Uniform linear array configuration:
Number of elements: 64
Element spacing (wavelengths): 0.75
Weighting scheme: cosine
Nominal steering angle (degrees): -15
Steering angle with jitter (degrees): -13.115
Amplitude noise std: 0.05
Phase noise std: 0.05

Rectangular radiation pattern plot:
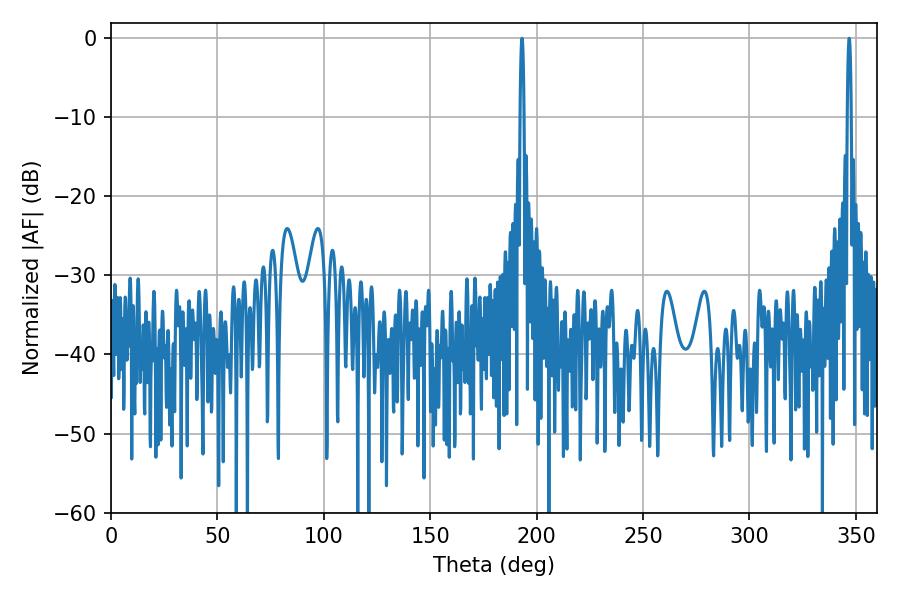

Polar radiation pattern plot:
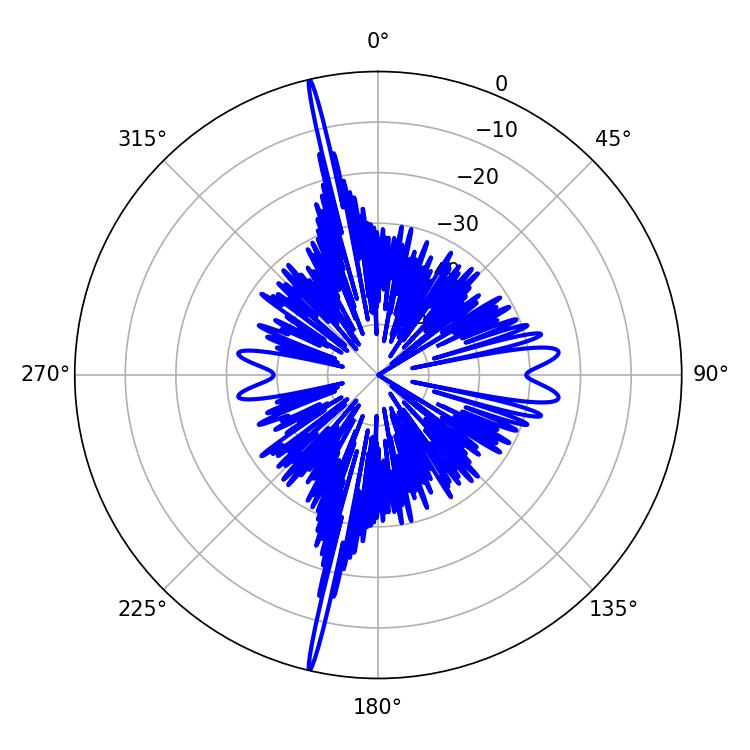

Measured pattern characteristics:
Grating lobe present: TRUE
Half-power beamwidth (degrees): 1.08
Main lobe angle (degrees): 346.86